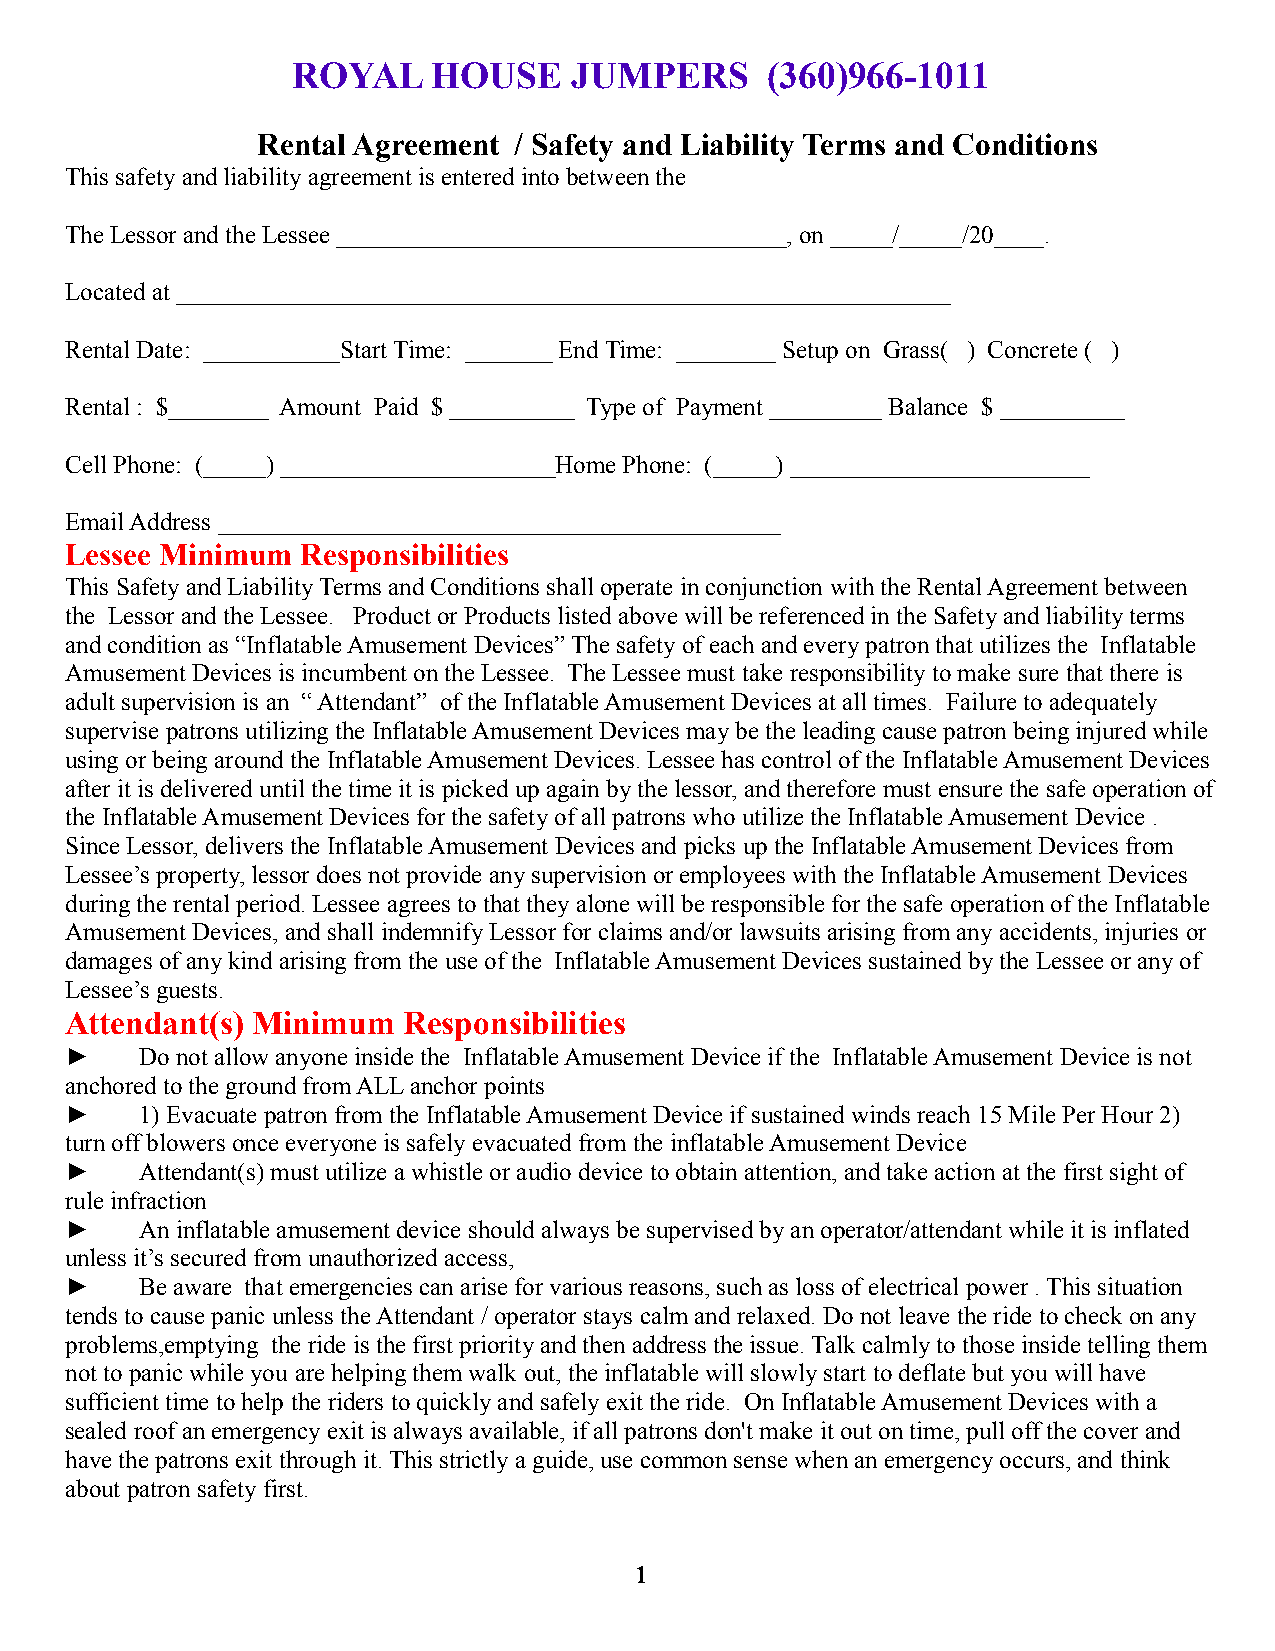
ROYAL     HOUSE    JUMPERS      (360)966-1011
 Rental Agreement / Safety and Liability Terms and Conditions
 This safety and liability agreement is entered into between the
 The Lessor and the Lessee ____________________________________, on _____/_____/20____.
 Located at ______________________________________________________________
 Rental Date: ___________Start Time: _______ End Time: ________ Setup on Grass( ) Concrete ( )
 Rental : $________ Amount Paid $ __________ Type of Payment _________ Balance $ __________
 Cell Phone: (_____) ______________________Home Phone: (_____) ________________________
 Email Address _____________________________________________
 Lessee Minimum  Responsibilities
 This Safety and Liability Terms and Conditions shall operate in conjunction with the Rental Agreement between
 the Lessor and the Lessee. Product or Products listed above will be referenced in the Safety and liability terms
 and condition as “Inflatable Amusement Devices” The safety of each and every patron that utilizes the Inflatable
 Amusement Devices is incumbent on the Lessee. The Lessee must take responsibility to make sure that there is
 adult supervision is an “ Attendant” of the Inflatable Amusement Devices at all times. Failure to adequately
 supervise patrons utilizing the Inflatable Amusement Devices may be the leading cause patron being injured while
 using or being around the Inflatable Amusement Devices. Lessee has control of the Inflatable Amusement Devices
 after it is delivered until the time it is picked up again by the lessor, and therefore must ensure the safe operation of
 the Inflatable Amusement Devices for the safety of all patrons who utilize the Inflatable Amusement Device .
 Since Lessor, delivers the Inflatable Amusement Devices and picks up the Inflatable Amusement Devices from
 Lessee’s property, lessor does not provide any supervision or employees with the Inflatable Amusement Devices
 during the rental period. Lessee agrees to that they alone will be responsible for the safe operation of the Inflatable
 Amusement Devices, and shall indemnify Lessor for claims and/or lawsuits arising from any accidents, injuries or
 damages of any kind arising from the use of the Inflatable Amusement Devices sustained by the Lessee or any of
 Lessee’s guests.
 Attendant(s) Minimum   Responsibilities
 ►    Do not allow anyone inside the Inflatable Amusement Device if the Inflatable Amusement Device is not
 anchored to the ground from ALL anchor points
 ►    1) Evacuate patron from the Inflatable Amusement Device if sustained winds reach 15 Mile Per Hour 2)
 turn off blowers once everyone is safely evacuated from the inflatable Amusement Device
 ►    Attendant(s) must utilize a whistle or audio device to obtain attention, and take action at the first sight of
 rule infraction
 ►    An inflatable amusement device should always be supervised by an operator/attendant while it is inflated
 unless it’s secured from unauthorized access,
 ►    Be aware that emergencies can arise for various reasons, such as loss of electrical power . This situation
 tends to cause panic unless the Attendant / operator stays calm and relaxed. Do not leave the ride to check on any
 problems,emptying the ride is the first priority and then address the issue. Talk calmly to those inside telling them
 not to panic while you are helping them walk out, the inflatable will slowly start to deflate but you will have
 sufficient time to help the riders to quickly and safely exit the ride. On Inflatable Amusement Devices with a
 sealed roof an emergency exit is always available, if all patrons don't make it out on time, pull off the cover and
 have the patrons exit through it. This strictly a guide, use common sense when an emergency occurs, and think
 about patron safety first.
 1